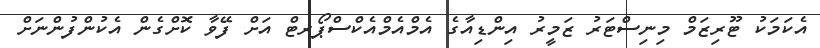
އެކަމަކު ޓޫރިޒަމް މިނިސްޓަރު ޒަމީރު އިންޑިއާގެ އެމްއެމްއެކްސްޕޯރޓް އަށް ފޭވާ ކޮށްގެން އެކުންފުންނަށް